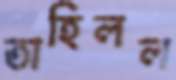
তাহিলল